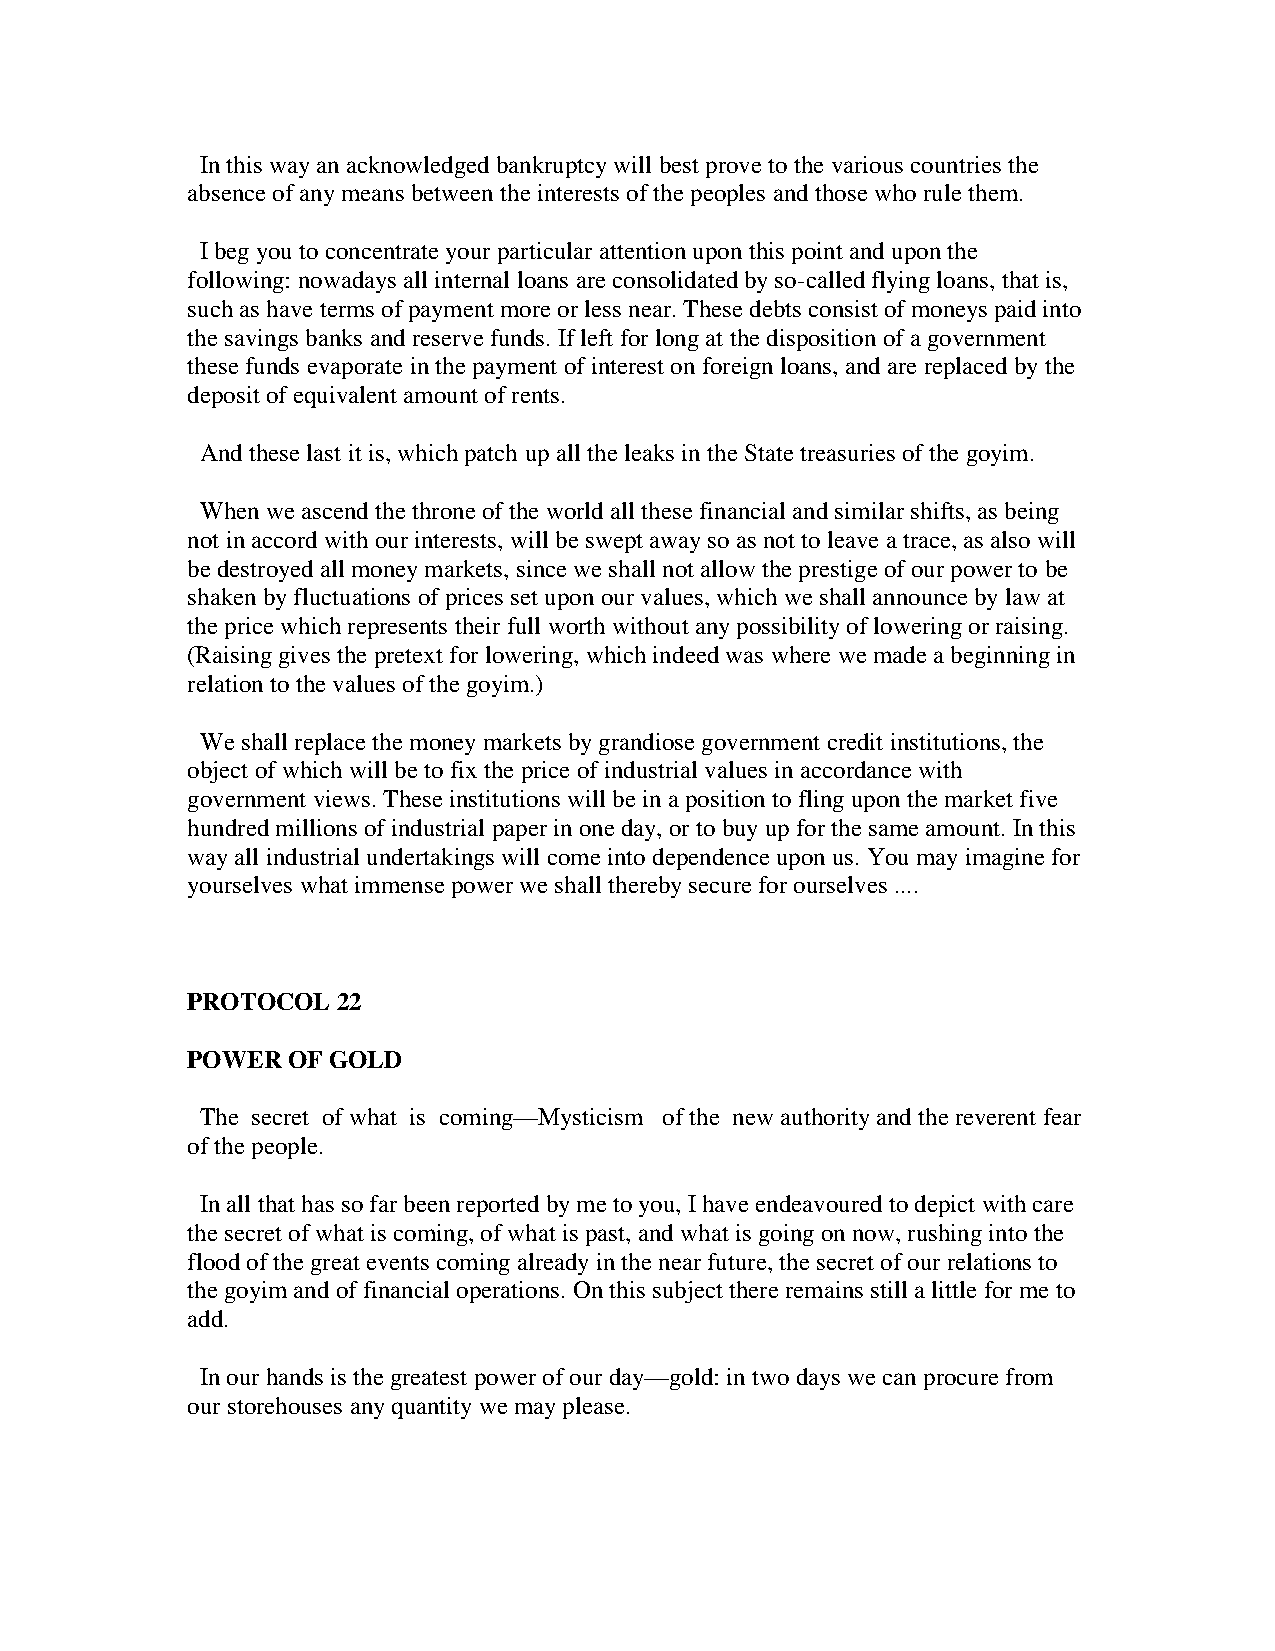
In this way an acknowledged bankruptcy will best prove to the various countries the
 absence of any means between the interests of the peoples and those who rule them.
 I beg you to concentrate your particular attention upon this point and upon the
 following: nowadays all internal loans are consolidated by so-called flying loans, that is,
 such as have terms of payment more or less near. These debts consist of moneys paid into
 the savings banks and reserve funds. If left for long at the disposition of a government
 these funds evaporate in the payment of interest on foreign loans, and are replaced by the
 deposit of equivalent amount of rents.
 And these last it is, which patch up all the leaks in the State treasuries of the goyim.
 When we ascend the throne of the world all these financial and similar shifts, as being
 not in accord with our interests, will be swept away so as not to leave a trace, as also will
 be destroyed all money markets, since we shall not allow the prestige of our power to be
 shaken by fluctuations of prices set upon our values, which we shall announce by law at
 the price which represents their full worth without any possibility of lowering or raising.
 (Raising gives the pretext for lowering, which indeed was where we made a beginning in
 relation to the values of the goyim.)
 We shall replace the money markets by grandiose government credit institutions, the
 object of which will be to fix the price of industrial values in accordance with
 government views. These institutions will be in a position to fling upon the market five
 hundred millions of industrial paper in one day, or to buy up for the same amount. In this
 way all industrial undertakings will come into dependence upon us. You may imagine for
 yourselves what immense power we shall thereby secure for ourselves ....
 PROTOCOL  22
 POWER  OF GOLD
 The secret of what is coming—Mysticism of the new authority and the reverent fear
 of the people.
 In all that has so far been reported by me to you, I have endeavoured to depict with care
 the secret of what is coming, of what is past, and what is going on now, rushing into the
 flood of the great events coming already in the near future, the secret of our relations to
 the goyim and of financial operations. On this subject there remains still a little for me to
 add.
 In our hands is the greatest power of our day—gold: in two days we can procure from
 our storehouses any quantity we may please.